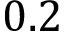
0 . 2